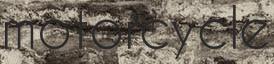
motorcycle